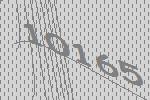
10165